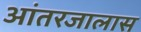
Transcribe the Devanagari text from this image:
आंतरजालास